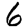
Digit: 6